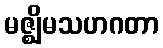
မဇ္ဈိမသဟဂတာ